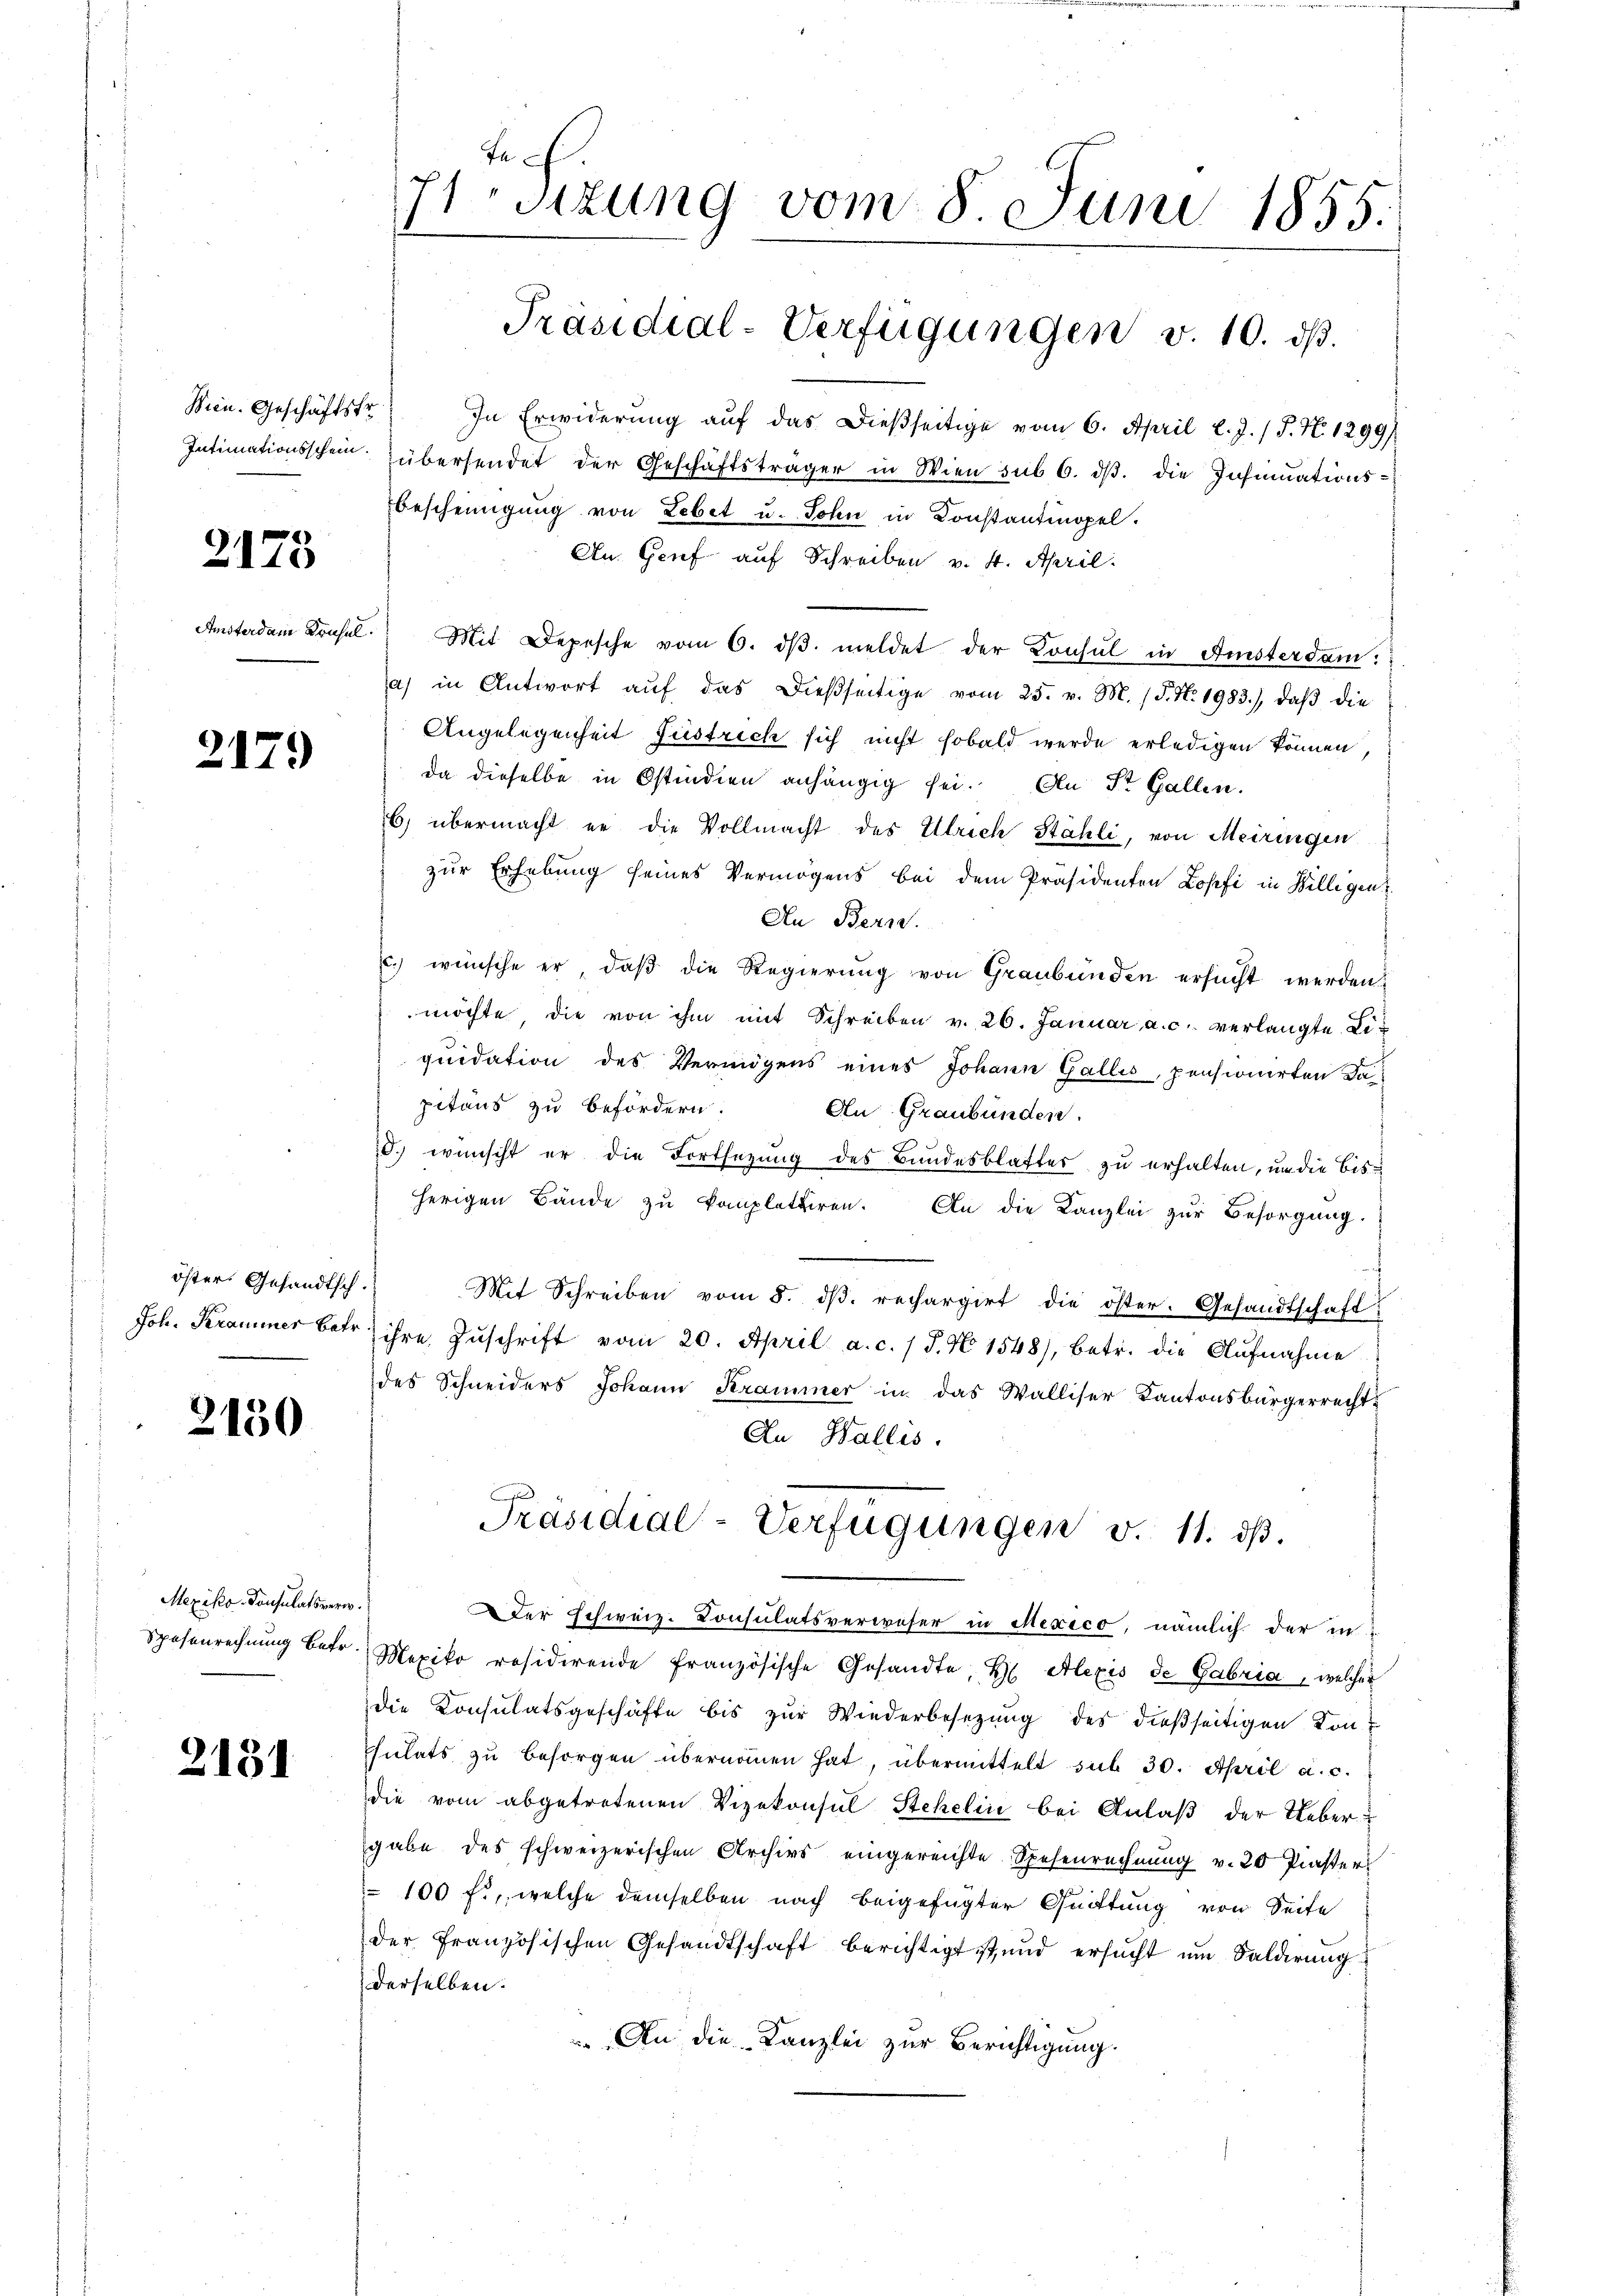
Bien. Geschäftsfr.

2175

Amsterdam Drüsel.

2179)

öster Gesandtsch.

2150

Mexiko. Consulatsverw
Spesenrechnung betr.

2131

71 Sizung vom 8. Juni 1855.
Präsidial-Verfügungen v. 10. dß.

In Erwiderung auf das dießseitige vom 6. April l. J. / J. N. 1299)
Intimationsschein übersendet der Geschäftsträger in Wien sub 6. dβ. die Insinuations¬
Bescheinigung von Lebet u. Sohn in Konstantmopel.
An. Grief auf Schreiben v. 4. April.
Mit Depesche vom 6. dβ meldet der Konsul in Fisterdam.
a) in Antwort aŭf das dießseitige vom 25. v. M. / 5. No. 1983), daβ die
Angelegenheit Justrich sich nicht sobald werde erledigen können,
da dieselbe in Ostindien anhängig sei. An St. Gallen.
6) übermacht er die Vollmacht des Ulrich Stähli, von Meiringen
zur Erhebung seines Vermögens bei dem Präsidenten Lopfi in Willigen
An Bern.
c.) wünsche er, daß die Regierung von Graubünden ersucht werden
möchte, die von ihm mit Schreiben v. 26. Januar a. c. verlangte Liquidation des Vermögens eines Johann Gallis, pensionirten Dapitäns zu befördern.
An Graubünden.
d.) wünscht er die Fortsetzung des Bundesblatter zu erhalten, um die bisherigen Bände zŭ kompletiren. An die Kanzlei zŭr Besorgung.
.
s
Mit Schreiben vom 8. dβ. rechargirt die öster. Gesandtschaft
Joh. Krammer betr. ihre Zŭschrift vom 20. April a. c. 1 S. N 1548), betr. die Aufnahme
des Schneiders Johann Krammer in das Walliser Kantonsbürgerrecht
An Wallis.
Präsidial-Verfügungen v. 11. dβ.
Der Schweiz. Consulatsverweser in Mexico, nämlich der in
Mexiko räsidirende französische Gesandte, H. Alexis de Gabria, welcher
die Konsulatsgeschäfte bis zŭr Wiederbesezung des dießseitigen Konhulats zu besorgen übernommen hat, übermittelt sub 30. April a. c.
die vom abgetretenen Vizekonsul Stehelin bei Anlaß der Uebergabe des schweizerischen Archivs eingereichte Spesenrechnung v. 20 Piaster
100 f., welche demselben nach beigefügter Quittung von Seite
der Französischen Gesandtschaft berichtigt ist, und ersucht um Saldirung
derselben.
An die Kanzlei zur Berichtigung.